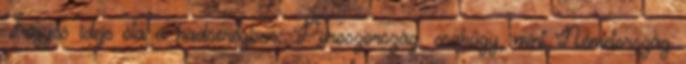
Frigyes ideje óta a hadseregben: Poroszország, csakúgy, mint Németország